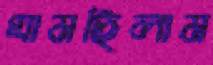
ঘামছিলাম